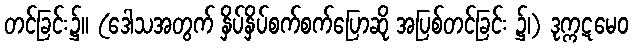
တင်ခြင်း၌။ (ဒေါသအတွက် နှိပ်နှိပ်စက်စက်ပြောဆို အပြစ်တင်ခြင်း ၌၊) ဒုက္ကဋမေဝ